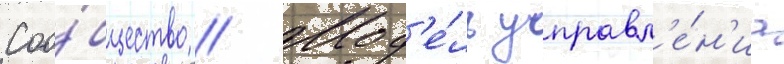
Соо́бщество // Мод'е́ль управл'е́н'иа